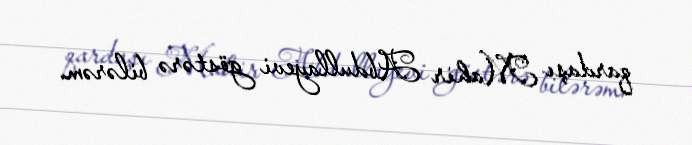
qardaşı Mahir Abdullayevi göstərə bilərəm.